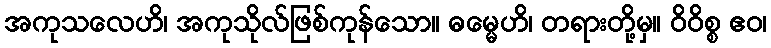
အကုသလေဟိ၊ အကုသိုလ်ဖြစ်ကုန်သော။ ဓမ္မေဟိ၊ တရားတို့မှ။ ဝိဝိစ္စ ဧဝ၊